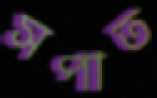
সপাত